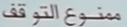
ممنوعالتوقف